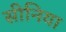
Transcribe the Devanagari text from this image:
सीनिया